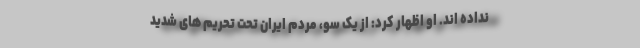
نداده اند. او اظهار کرد: از یک سو، مردم ایران تحت تحریم های شدید